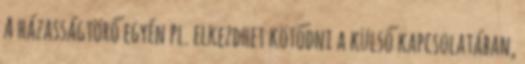
A házasságtörő egyén pl. elkezdhet kötődni a külső kapcsolatában,